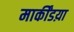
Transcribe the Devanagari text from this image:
मार्कींडय़ा